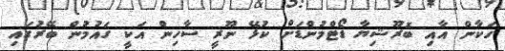
ހަކާން އާއި ބޮރޫޝިޔާ ޑޯޓްމުންޑަށް ކުޅޭ ނޫރީ ސާހިން އަކީ ގައުމުން ބޭރުގައި